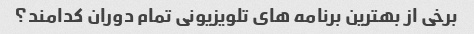
برخی از بهترین برنامه های تلویزیونی تمام دوران کدامند؟